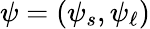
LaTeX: \psi=(\psi_{s},\psi_{\ell})